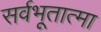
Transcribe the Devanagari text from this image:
सर्वभूतात्मा